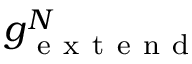
g _ { \mathrm { ~ e ~ x ~ t ~ e ~ n ~ d ~ } } ^ { N }